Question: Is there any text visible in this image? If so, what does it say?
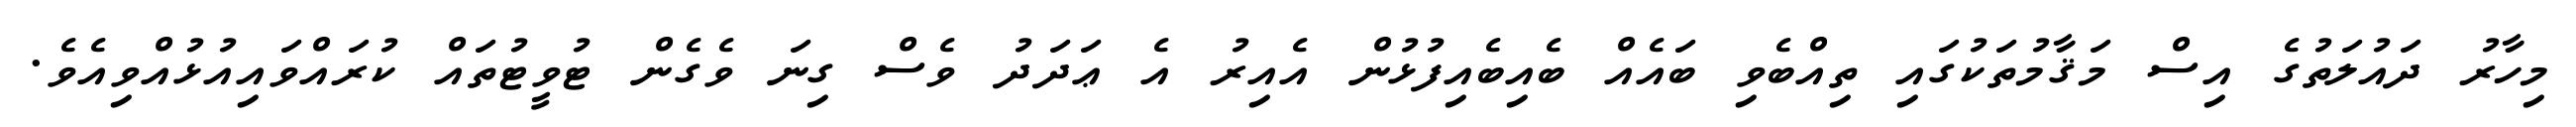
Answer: މިހާރު ދައުލަތުގެ އިސް މަޤާމުތަކުގައި ތިއްބެވި ބައެއް ބެއިބެއިފުޅުން އެއިރު އެ ޢަދަދު ވެސް ގިނަ ވެގެން ޓުވީޓުތައް ކުރައްވައިއުޅުއްވިއެވެ.